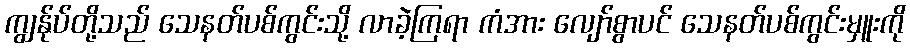
ကျွန်ုပ်တို့သည် သေနတ်ပစ်ကွင်းသို့ လာခဲ့ကြရာ ကံအား လျော်စွာပင် သေနတ်ပစ်ကွင်းမှူးကို